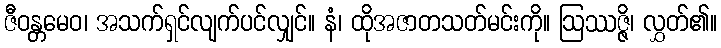
ဇီဝန္တမေဝ၊ အသက်ရှင်လျက်ပင်လျှင်။ နံ၊ ထိုအဇာတသတ်မင်းကို။ ဩဿဇ္ဇိ၊ လွှတ်၏။